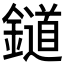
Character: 𨭪